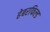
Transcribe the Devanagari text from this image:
हेबरफिल्ड